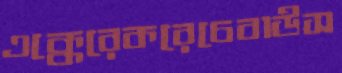
এক্কেরেকরেচেবাউস